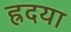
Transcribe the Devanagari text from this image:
ह्रदया